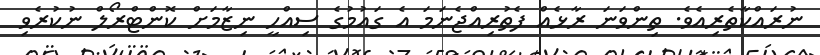
ނުރައްކާތެރިއެވެ. ތިންވަނަ ރާޅެއް ފެތުރިއްޖެނަމަ އެ ގައުމުގެ ސިއްހީ ނިޒާމަށް ކޮންޓްރޯލް ނުކުރެވި